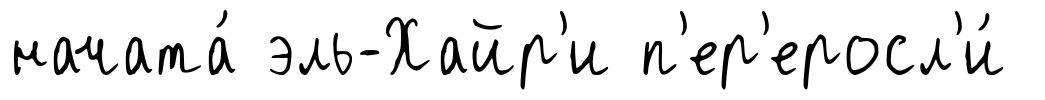
начата́ эль-Хайр'и п'ер'еросл'и́